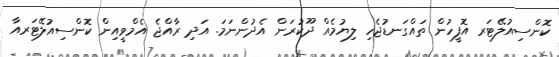
ކޮންސިއުލޭޓަރ އޮފީހުން ތައްގަނޑުޖެހި ލިޔުމެއް ދޫކުރަން އެދުންނަމަ. އަދި ރާއްޖެ އެމްވީއިން ކޮންސިއުލޭޓަރއާ